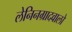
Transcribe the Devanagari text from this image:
लेनिनग्रादवालों